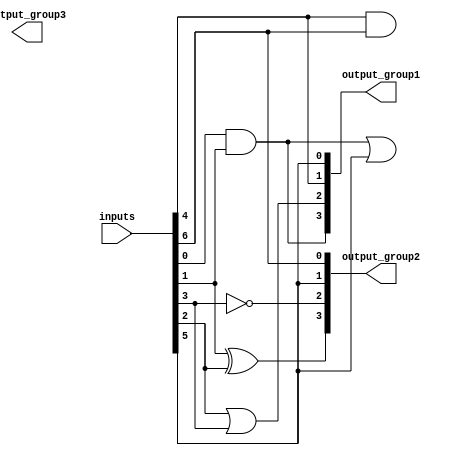
module overlapping_groups (
    input [7:0] inputs,       // Input vector
    output [3:0] output_group1, // Output for Group 1
    output [3:0] output_group2, // Output for Group 2
    output [3:0] output_group3  // Output for Group 3
);

// Group 1: Implements a combination of AND and OR
wire a1 = inputs[0] & inputs[1]; // AND operation
wire a2 = inputs[2] | inputs[3]; // OR operation
assign output_group1 = {a1, a2, inputs[4], inputs[5]}; // Output vector for Group 1

// Group 2: Shares inputs with Group 1 and implements XOR and NOT
wire b1 = inputs[1] ^ inputs[2]; // XOR operation
wire b2 = ~inputs[3];             // NOT operation
assign output_group2 = {b1, b2, output_group1[0], inputs[6]}; // Output vector for Group 2

// Group 3: Uses outputs from Group 1 and Group 2, implements AND
wire c1 = output_group1[1] & output_group2[0]; // AND operation between groups
wire c2 = output_group1[3] | output_group2[1]; // OR operation between groups
assign output_group3 = {c1, c2, inputs[7], outputs_group2[3]}; // Output vector for Group 3

endmodule